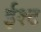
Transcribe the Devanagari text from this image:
ईश्ट